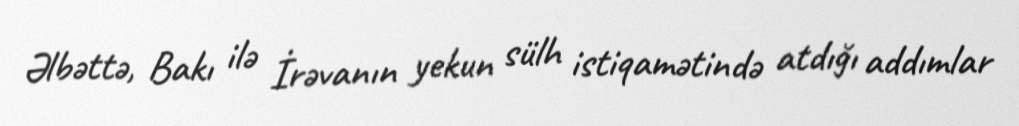
Əlbəttə, Bakı ilə İrəvanın yekun sülh istiqamətində atdığı addımlar